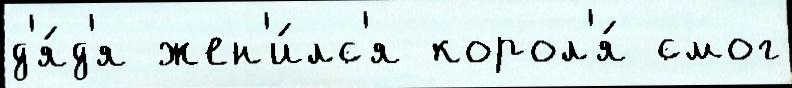
д'я́д'я жен'и́лс'я корол'я́ смог